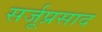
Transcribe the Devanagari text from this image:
सर्जूप्रसाद